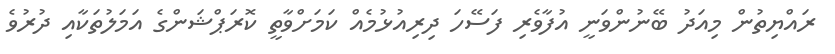
ރައްޔިތުން މިއަދު ބޭނުންވަނީ އުފާވެރި ފަސޭހަ ދިރިއުޅުމެއް ކަމަށްވާތީ ކޮރަޕްޝަންގެ އަމަލުތަކާއި ދުރުވެ